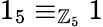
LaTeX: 1_{5}\equiv_{\mathbb{Z}_{5}}1